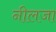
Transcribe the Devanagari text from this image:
नीलजा